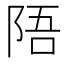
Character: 𫕁